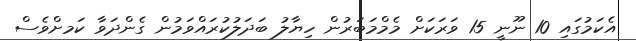
އެކަމުގައި 10 ނޫނީ 15 ވަރަކަށް މެމްމަބަރުން ހިޔާލު ބަދަލުކުރައްވަމުން ގެންދަވާ ކަމށްވެސް